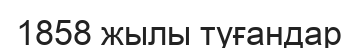
1858 жылы туғандар